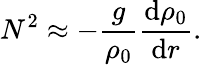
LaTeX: N^{2}\approx-\frac{g}{\rho_{0}}\frac{\mathrm{d}\rho_{0}}{\mathrm{d}r}.